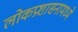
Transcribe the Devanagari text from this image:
लोकप्रशासनामध्ये